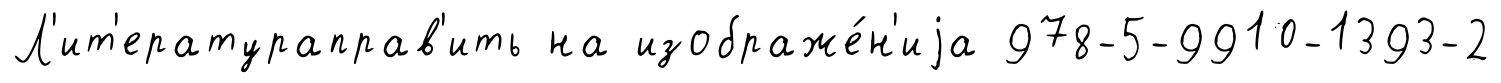
Л'ит'ератураправ'ить на изображе́н'иjа 978-5-9910-1393-2